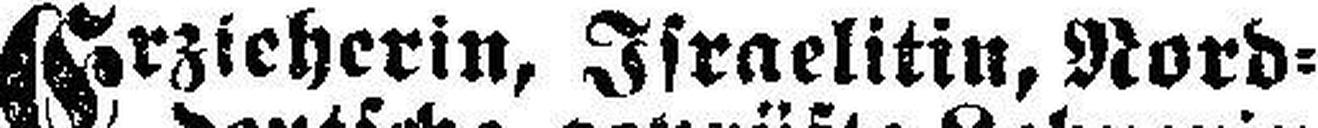
Erzieherin, Israelitin, Nord¬